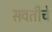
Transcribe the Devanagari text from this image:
सवतीचे